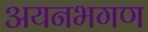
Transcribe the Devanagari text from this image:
अयनभगण